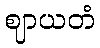
ဈာယတံ